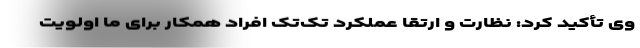
وی تأکید کرد: نظارت و ارتقا عملکرد تک‌تک افراد همکار برای ما اولویت